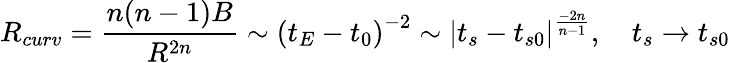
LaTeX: R_{curv}=\frac{n(n-1)B}{R^{2n}}\sim\left(t_{E}-t_{0}\right)^{-2}\sim\left|t_{s}-t_{s0}\right|^{\frac{-2n}{n-1}},\quad t_{s}\rightarrow t_{s0}